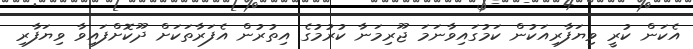
އެކަން ކުރީ ވިޔަފާރިއަކުން ކަމުގައިވާނަމަ ޖޫރިމަނާ ކުރުމުގެ އިތުރުން އެފަރާތަކަށް ދޫކޮށްފައިވާ ވިޔަފާރި